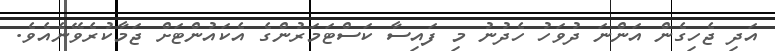
އަދި ޖެހިގެން އަންނަ ދުވަހު ހެދުނު މި ފައިސާ ކަސްޓަމަރުންގެ އެކައުންޓަށް ޖަމާކުރެވޭނެއެވެ.